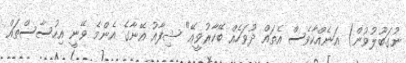
ނުގަބޫލުވުން) އަނެއްކާވެސް އެތައް ދުވަހެއް ބޭކާރުވީއޭ" ޝިފާއު އޭނާގެ އެންމެ ވޭނީ އިހުސާސްތައް